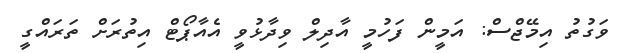
ވަގުތު އިމޭޖްސް: އަމީން ފަހުމީ އާދިލް ވިދާޅުވީ އެއާޕޯޓް އިތުރަށް ތަރައްގީ